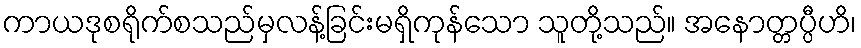
ကာယဒုစရိုက်စသည်မှလန့်ခြင်းမရှိကုန်သော သူတို့သည်။ အနောတ္တပ္ပီဟိ၊